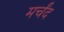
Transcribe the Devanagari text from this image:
मर्चंद